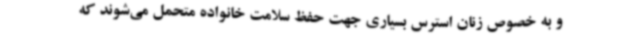
و به خصوص زنان استرس بسیاری جهت حفظ سلامت خانواده متحمل می‌شوند که